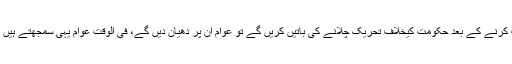
انہوں نے مزید کہا کہ اپوزیشن کے لیڈر عدالتوں میں بے گناہی ثابت کرنے کے بعد حکومت کیخلاف تحریک چلانے کی باتیں کریں گے تو عوام ان پر دھیان دیں گے، فی الوقت عوام یہی سمجھتے ہیں احتساب کے شکنجے سے بچنے کیلئے احتجاج کی باتیں ہو رہی ہیں۔